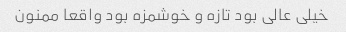
خیلی عالی بود تازه و خوشمزه بود واقعا ممنون